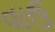
વાઉ